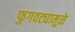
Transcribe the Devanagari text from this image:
फुगवट्यामुळे